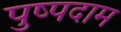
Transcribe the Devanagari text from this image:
पुष्पदाम